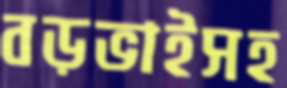
বড়ভাইসহ